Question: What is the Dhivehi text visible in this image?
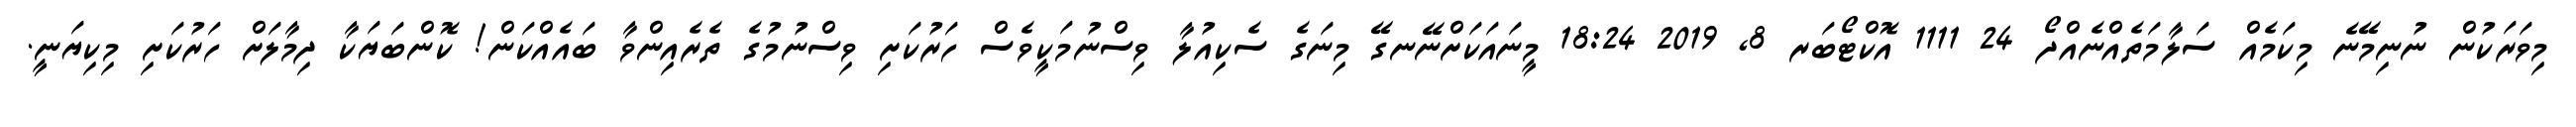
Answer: މިވަރަކުން ނުނިމޭނެ މިކަމެއް ސަލާމަތެއްނެއްދޯ 24 1111 އޮކްޓޯބަރ 8, 2019 18:24 މީނައަކަށްނޭނގޭ މިނަގެ ސެކިއުލާ ވިސްނުމަކީވެސް ހަރުކަށި ވިސްނުމުގެ ތެރެއިންވާ ބައެއްކަން! ކޮންބަޔަކާ ދިމާލަށް ހަރުކަށި މިކިޔަނީ.